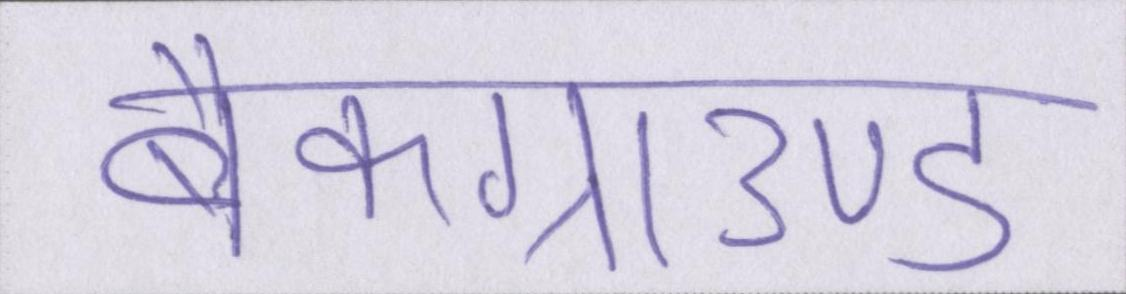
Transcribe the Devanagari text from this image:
बैकग्राउण्ड